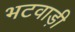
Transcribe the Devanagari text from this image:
भटवाड़ी